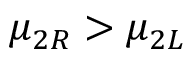
\mu _ { 2 R } > \mu _ { 2 L }